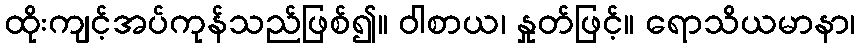
ထိုးကျင့်အပ်ကုန်သည်ဖြစ်၍။ ဝါစာယ၊ နှုတ်ဖြင့်။ ရောသိယမာနာ၊